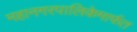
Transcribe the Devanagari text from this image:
महानगरपालिकेमार्फत